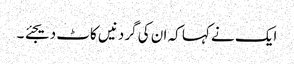
ایک نے کہا کہ ان کی گردنیں کاٹ دیجئے ۔